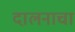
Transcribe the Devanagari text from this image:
दालनाचा